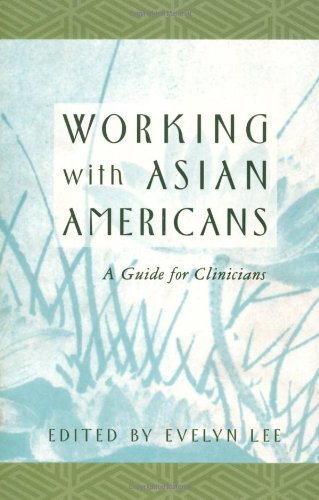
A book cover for Working with Asian Americans: A Guide for Clinicians; Medical Books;